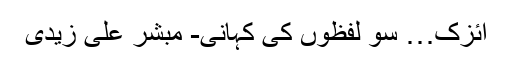
آئزک… سو لفظوں کی کہانی- مبشر علی زیدی